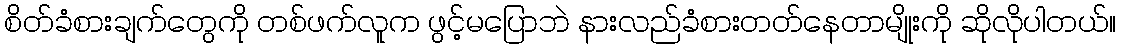
စိတ်ခံစားချက်တွေကို တစ်ဖက်လူက ဖွင့်မပြောဘဲ နားလည်ခံစားတတ်နေတာမျိုးကို ဆိုလိုပါတယ်။